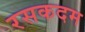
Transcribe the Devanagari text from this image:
रसकदम